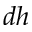
d h